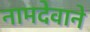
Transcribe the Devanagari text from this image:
नामदेवाने